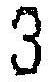
3